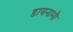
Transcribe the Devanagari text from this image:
डायनामौ